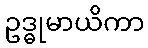
ဥဒ္ဓုမာယိကာ